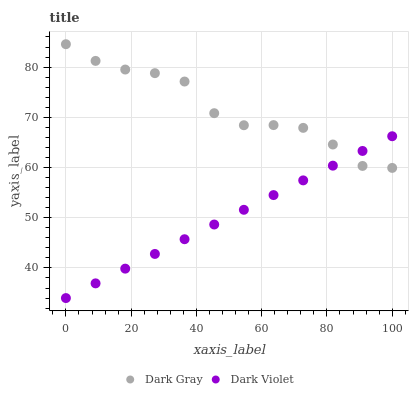
| xaxis_label | Dark Gray | Dark Violet |
 | --- | --- | --- |
 | 0 | 84.6 | 34 |
 | 9.09 | 81.2 | 36.9 |
 | 18.2 | 79.5 | 39.9 |
 | 27.3 | 78.8 | 42.8 |
 | 36.4 | 77.1 | 45.7 |
 | 45.5 | 70.8 | 48.6 |
 | 54.5 | 68.4 | 51.6 |
 | 63.6 | 68.4 | 54.5 |
 | 72.7 | 67.9 | 57.4 |
 | 81.8 | 64.6 | 60.4 |
 | 90.9 | 60.3 | 63.3 |
 | 100 | 59.9 | 66.2 |